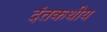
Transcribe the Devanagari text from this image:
दंतकथीय